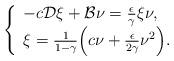
LaTeX: \begin{align*}\left\{\begin{array}{lll}-c\mathcal D \xi +\mathcal B\nu =\frac{\epsilon}{\gamma} \xi\nu,\\\xi=\frac{1}{1-\gamma} \Big (c \nu + \frac{\epsilon}{2\gamma}\nu^2\Big).\end{array}\right.\end{align*}